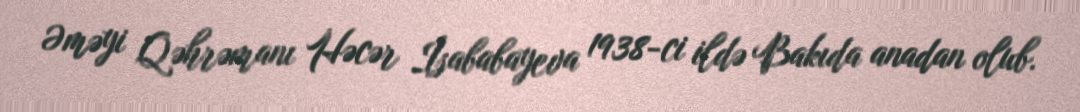
Əməyi Qəhrəmanı Həcər İsababayeva 1938-ci ildə Bakıda anadan olub.